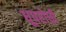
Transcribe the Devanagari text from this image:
धूपरोधी